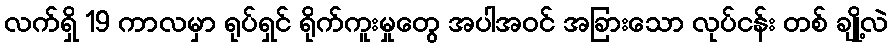
လက်ရှိ 19 ကာလမှာ ရုပ်ရှင် ရိုက်ကူးမှုတွေ အပါအဝင် အခြားသော လုပ်ငန်း တစ် ချို့လဲ